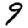
Digit: 9